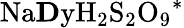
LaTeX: \mathrm{Na{\mathbf Dy}H_{2}S_{2}O_{9}}^{*}